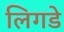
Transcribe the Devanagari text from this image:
लिगडे